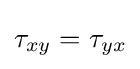
\tau _{xy}=\tau _{yx}